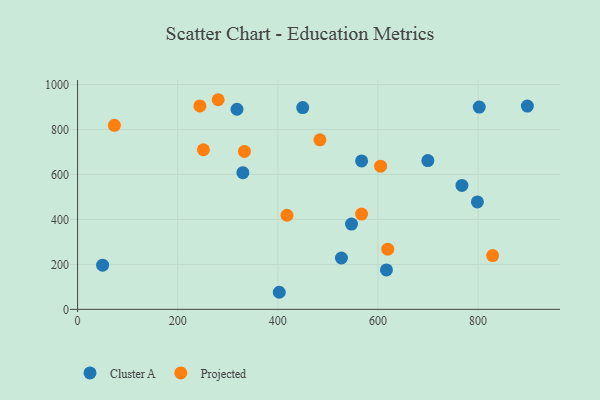
{"axis": {"x": "Distance", "y": "Salary"}, "legend": ["Cluster A", "Projected"], "data": [{"x": "527.0", "y": 228.5, "type": "Cluster A"}, {"x": "50.0", "y": 196.6, "type": "Cluster A"}, {"x": "767.7", "y": 551.4, "type": "Cluster A"}, {"x": "798.6", "y": 478.1, "type": "Cluster A"}, {"x": "898.4", "y": 904.4, "type": "Cluster A"}, {"x": "699.6", "y": 662.1, "type": "Cluster A"}, {"x": "567.3", "y": 660.2, "type": "Cluster A"}, {"x": "547.1", "y": 379.3, "type": "Cluster A"}, {"x": "318.4", "y": 890.4, "type": "Cluster A"}, {"x": "802.3", "y": 899.8, "type": "Cluster A"}, {"x": "449.7", "y": 897.6, "type": "Cluster A"}, {"x": "616.9", "y": 175.3, "type": "Cluster A"}, {"x": "330.1", "y": 608.3, "type": "Cluster A"}, {"x": "402.8", "y": 76.0, "type": "Cluster A"}, {"x": "418.3", "y": 418.7, "type": "Projected"}, {"x": "280.8", "y": 932.7, "type": "Projected"}, {"x": "244.3", "y": 905.1, "type": "Projected"}, {"x": "484.0", "y": 754.2, "type": "Projected"}, {"x": "567.2", "y": 423.8, "type": "Projected"}, {"x": "73.5", "y": 818.9, "type": "Projected"}, {"x": "619.5", "y": 267.6, "type": "Projected"}, {"x": "251.3", "y": 710.1, "type": "Projected"}, {"x": "829.0", "y": 239.4, "type": "Projected"}, {"x": "333.3", "y": 702.7, "type": "Projected"}, {"x": "605.3", "y": 636.9, "type": "Projected"}]}